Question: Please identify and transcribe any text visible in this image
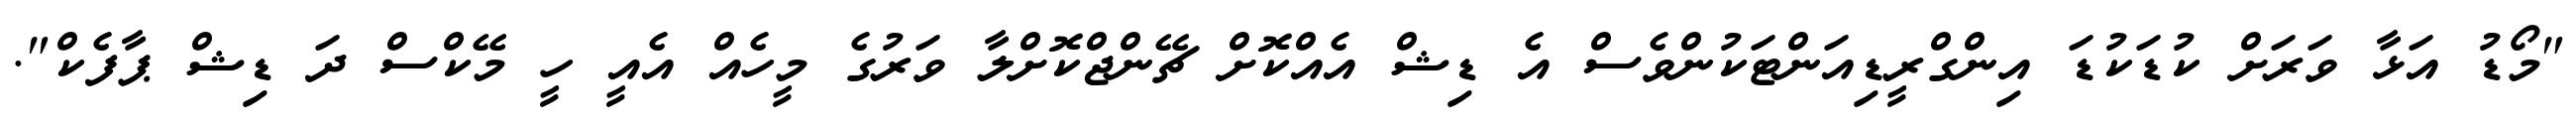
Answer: "މޯޑު އަޅާ ވަރަށް ކުޑަކުޑަ އިންގްރީޑިއަންޓަކުންވެސް އެ ޑިޝް އެއްކޮށް ޗޭންޖްކޮށްލާ ވަރުގެ މީހެއް އެއީ ހީ މޭކްސް ދަ ޑިޝް ޕާފެކް".